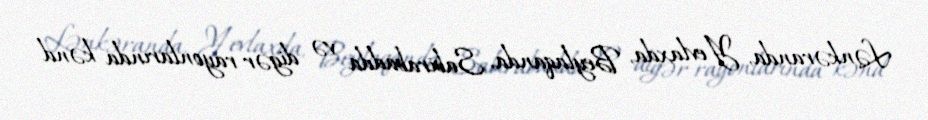
Lənkəranda, Yevlaxda, Beylaqanda, Sabirabadda və digər rayonlarında kənd